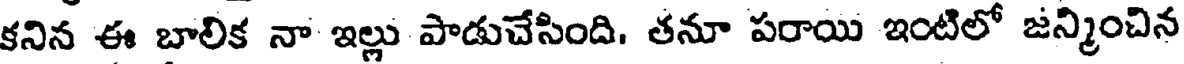
కనిన ఈ బాలిక నా ఇల్లు పాడుచేసింది. తనూ పరాయి ఇంటిలో జన్మించిన